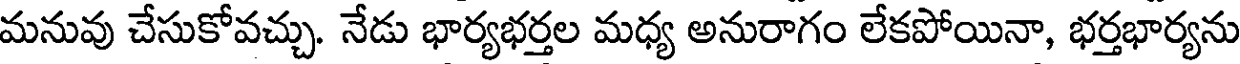
మనువు చేసుకోవచ్చు. నేడు భార్యభర్తల మధ్య అనురాగం లేకపోయినా, భర్తభార్యను